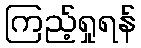
ကြည့်ရှုရန်